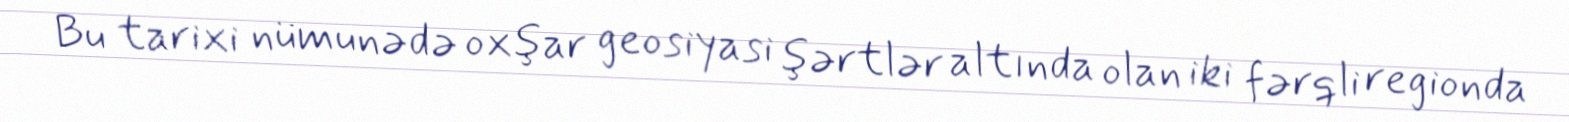
Bu tarixi nümunədə oxşar geosiyasi şərtlər altında olan iki fərqli regionda